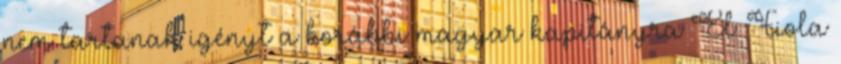
nem tartanak igényt a korábbi magyar kapitányra El: Fiola